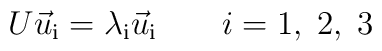
U \vec u_{\mathrm{i}} = \lambda_{\mathrm{i}} \vec u_{\mathrm{i}}\qquad i = 1,\;2,\;3